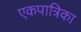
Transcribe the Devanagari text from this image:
एकपात्रिका